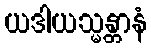
ယဒါယသ္မန္တာနံ